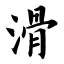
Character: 滑